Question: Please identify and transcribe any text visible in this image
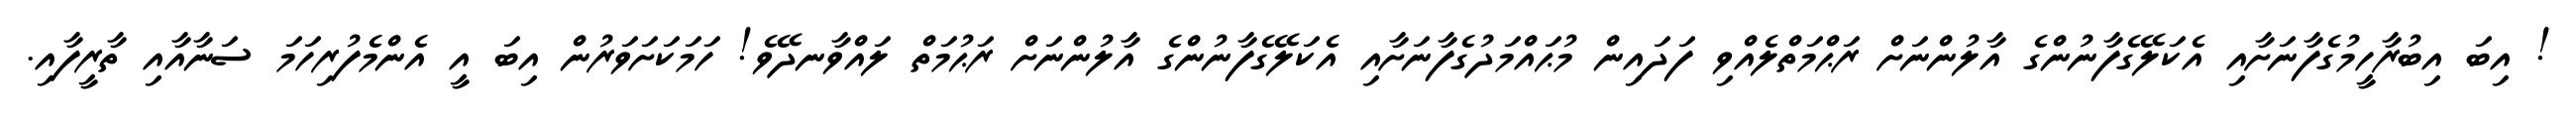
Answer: ! އިބަ އިބުރާހީމުގެފާނަށާއި އެކަލޭގެފާނުންގެ އާލުންނަށް ރަޙްމަތްލެއްވި ފަދައިން މުޙައްމަދުގެފާނަށާއި އެކަލޭގެފާނުންގެ އާލުންނަށް ރަޙުމަތް ލައްވާނދޭވެ! ހަމަކަށަވަރުން އިބަ އީ އެންމެފުރިހަމަ ސަނާއާއި ތާރީފާއި.